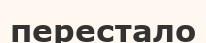
перестало